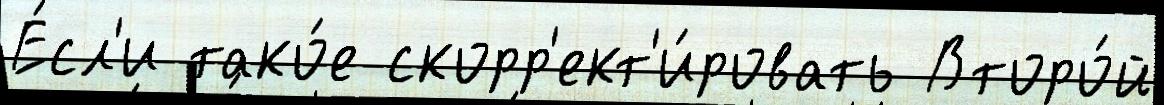
Е́сл'и тако́е скорр'ект'и́ровать Второ́й